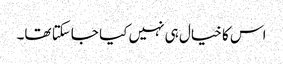
اس کا خیال ہی نہیں کیا جاسکتا تھا۔